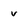
Character: v